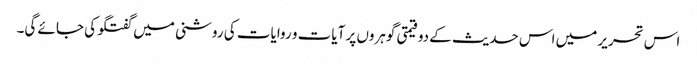
اس تحریر میں اس حدیث کے دو قیمتی گوہروں پر آیات و روایات کی روشنی میں گفتگو کی جائے گی۔